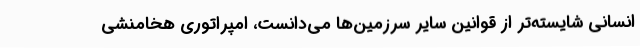
انسانی شایسته‌تر از قوانین سایر سرزمین‌ها می‌دانست، امپراتوری هخامنشی